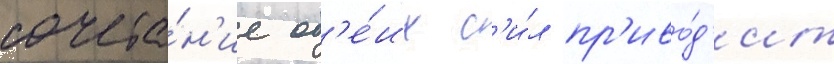
сочета́н'ие об'е́их с'и́л пр'иво́д'ит